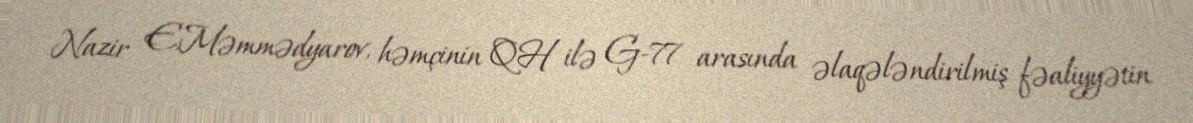
Nazir E.Məmmədyarov, həmçinin QH ilə G-77 arasında əlaqələndirilmiş fəaliyyətin